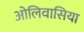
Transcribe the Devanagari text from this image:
ओलिवासिया